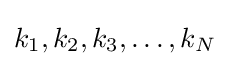
k_{1},k_{2},k_{3},\dots ,k_{N}